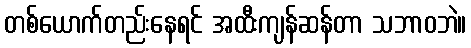
တစ်ယောက်တည်းနေရင် အထီးကျန်ဆန်တာ သဘာဝဘဲ။